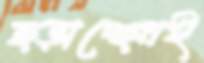
ছড়াচ্ছেনই